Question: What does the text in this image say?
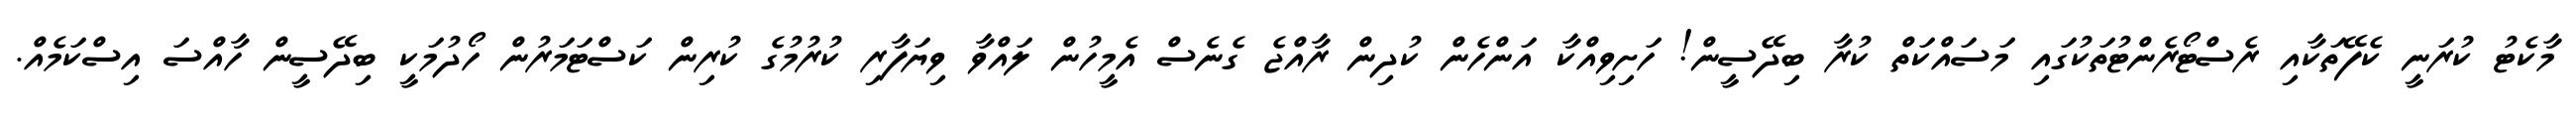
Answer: މާކެޓު ކުރަނީ ކެފޭތަކާއި ރެސްޓޯރެންޓުތަކުގައި މަސައްކަތް ކުރާ ބިދޭސީން! ހަށިވިއްކާ އަންހެން ކުދިން ރާއްޖެ ގެނެސް އެމީހުން ލައްވާ ވިޔަފާރި ކުރުމުގެ ކުރިން ކަސްޓަމަރުން ހޯދުމަކީ ބިދޭސީން ހާއްސަ އިސްކަމެއް.